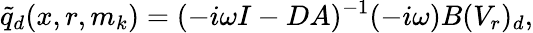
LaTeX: \tilde{q}_{d}(x,r,m_{k})=(-i\omega I-DA)^{-1}(-i\omega)B(V_{r})_{d},